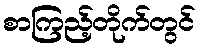
စာကြည့်တိုက်တွင်